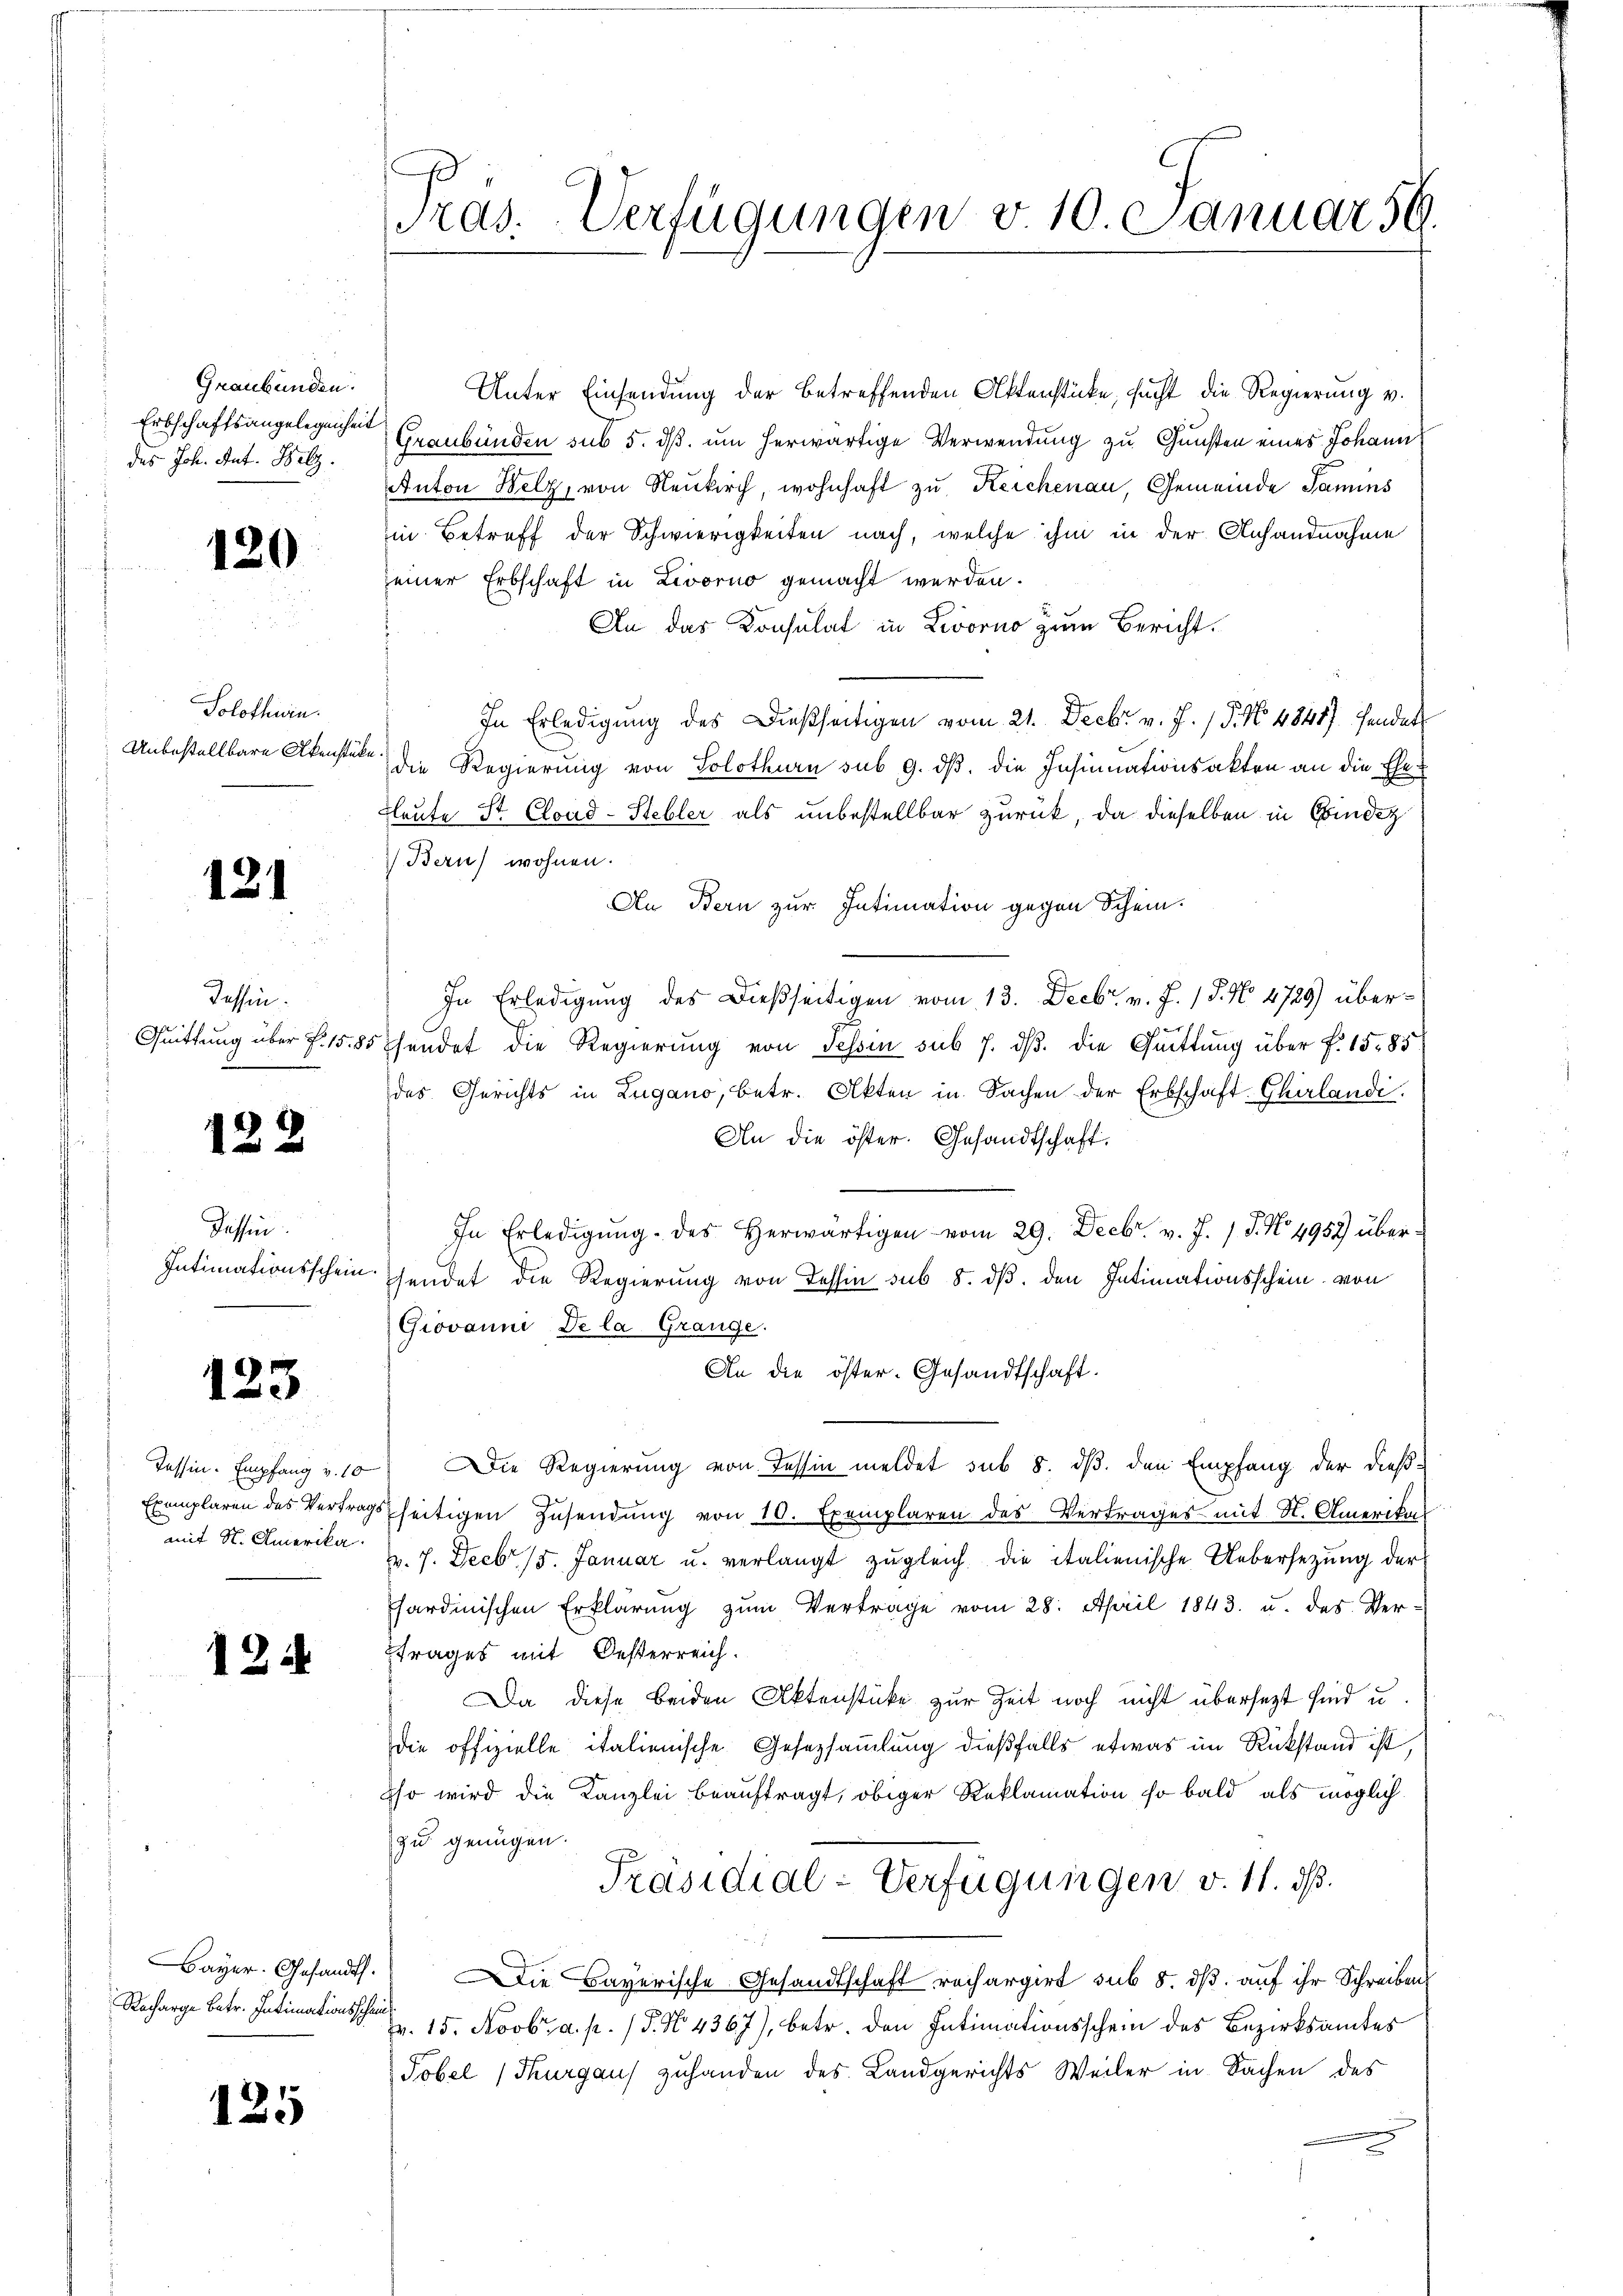
Graubünden.
Erbschaftsangelegenheit
des Joh. Ant. Pelz.

120

Solothurn.
Unbestellbare Akenstüke.

131

Tessin.

122

Tessin

123

124

Recharge betr. Intimationsschein

125

Pras. Verfügungen v. 10. Januar 56.

Unter Einsendung der betreffenden Aktenstücke, sucht die Regierung v.
Graubünden sub 5. dβ. um herwärtige Verwendung zu Gunsten eines Johann
Anton Belz, von Neukirch, wohnhaft zu Reichenau, Gemeinde Samins
in Betreff der Schwierigkeiten nach, welche ihm in der Anhandnahme
einer Erbschaft in Livorno gemacht werden.
An das Konsulat in Zorno zum Bericht.
In Erledigung des Dießseitigen vom 21. Decbr. v. J. P. No 48417 sendet
die Regierung von Solothurn sub 9. ds. die Insinuationsakten an die Ehe
Leute St. Cloud-Hebler als unbestellbar zurück, da dieselben in Kindet
) Bern wohnen.
An Stern zur Intimation gegen Schein.
In Erledigung des Dießseitigen vom 13. Decbr v. J. 18. No 4729) über¬
Quittung über §. 15. 85 hendet die Regierŭng von Tessin sub 7. dβ. die Quittung über f. 1585
des Gerichts in Lugano, betr. Akten in Sachen der Erbschaft-Chirlandi.
An die öster. Gesandtschaft.
In Erledigŭng des herwärtigen vom 29. Decbr. v. J. 18. No. 4952 über¬
Intimationsschein hendet die Regierung von Tessin sub 8. dβ, den Intimationsschein, von
Giovanni De la Grange.
An die öster. Gesandtschaft.
Tessin. Empfang v. 10) Die Regierung von Tessin meldet sub 8. ds. den Empfang der dieß¬
Exemplaren des Vertragsseitigen Zusendung von 10. Exemplaren des Vertrages mit St. Amerikan
mit St. Amerika u. 7. Decbr. 15. Januar u. verlangt zŭgleich die italienische Uebersetzung der
Sardinischen Erklärŭng zŭm Vertrage vom 28. April 1843. u. des Ver-
trages mit Oesterreich.
Da diese beiden Aktenstücke zur Zeit noch nicht übersezt sind u.
die offizielle italienische Gesetzsammlung dießfalls etwas im Rückstand ist,
so wird die Kanzlei beauftragt, obiger Reklamation so bald als möglich
zu genügen.
Präsidial-Verfügungen v. 11. ds.
Bayer. Gesandt. Die Bayerische Gesandtschaft rechargirt sub 5. dß. auf ihr Schreiben
Fr. 15. Novbr. a. p. P. No. 4367), betr. den Intimationsschein des Bezirksamtes
Tobel (Thurgaus zuhanden des Landgerichts Weiler in Sachen des